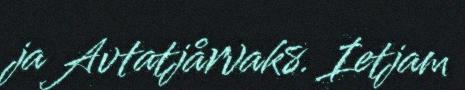
ja Avtatjårvak8. Ietjam